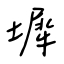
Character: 墀